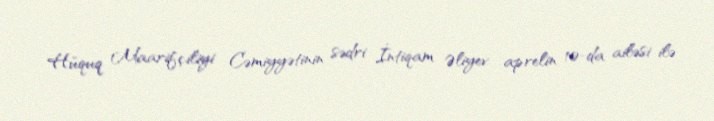
Hüquq Maarifçiliyi Cəmiyyətinin sədri İntiqam Əliyev aprelin 10-da ailəsi ilə